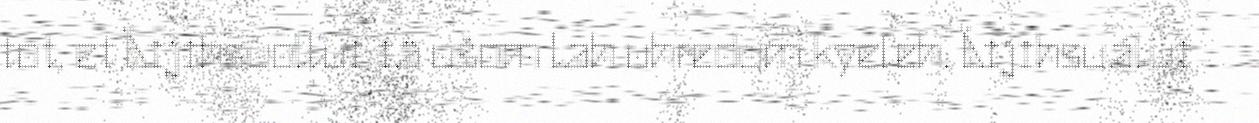
tot, et Äijihsuollui iä ušom lah uhredum kyeleh. Äijihsuálui